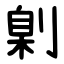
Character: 㓷